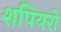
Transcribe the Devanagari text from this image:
शपियरो